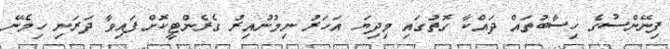
ފިނޭންސުގެ ހިސާބުތައް ދައްކާ ގޮތުގައި މިދިޔަ އަހަރު ނިމުނުއިރު ގެރެންޓީކޮށްފައިވާ ދަރަނި ހިމެނޭ